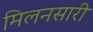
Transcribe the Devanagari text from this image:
मिलनसारी